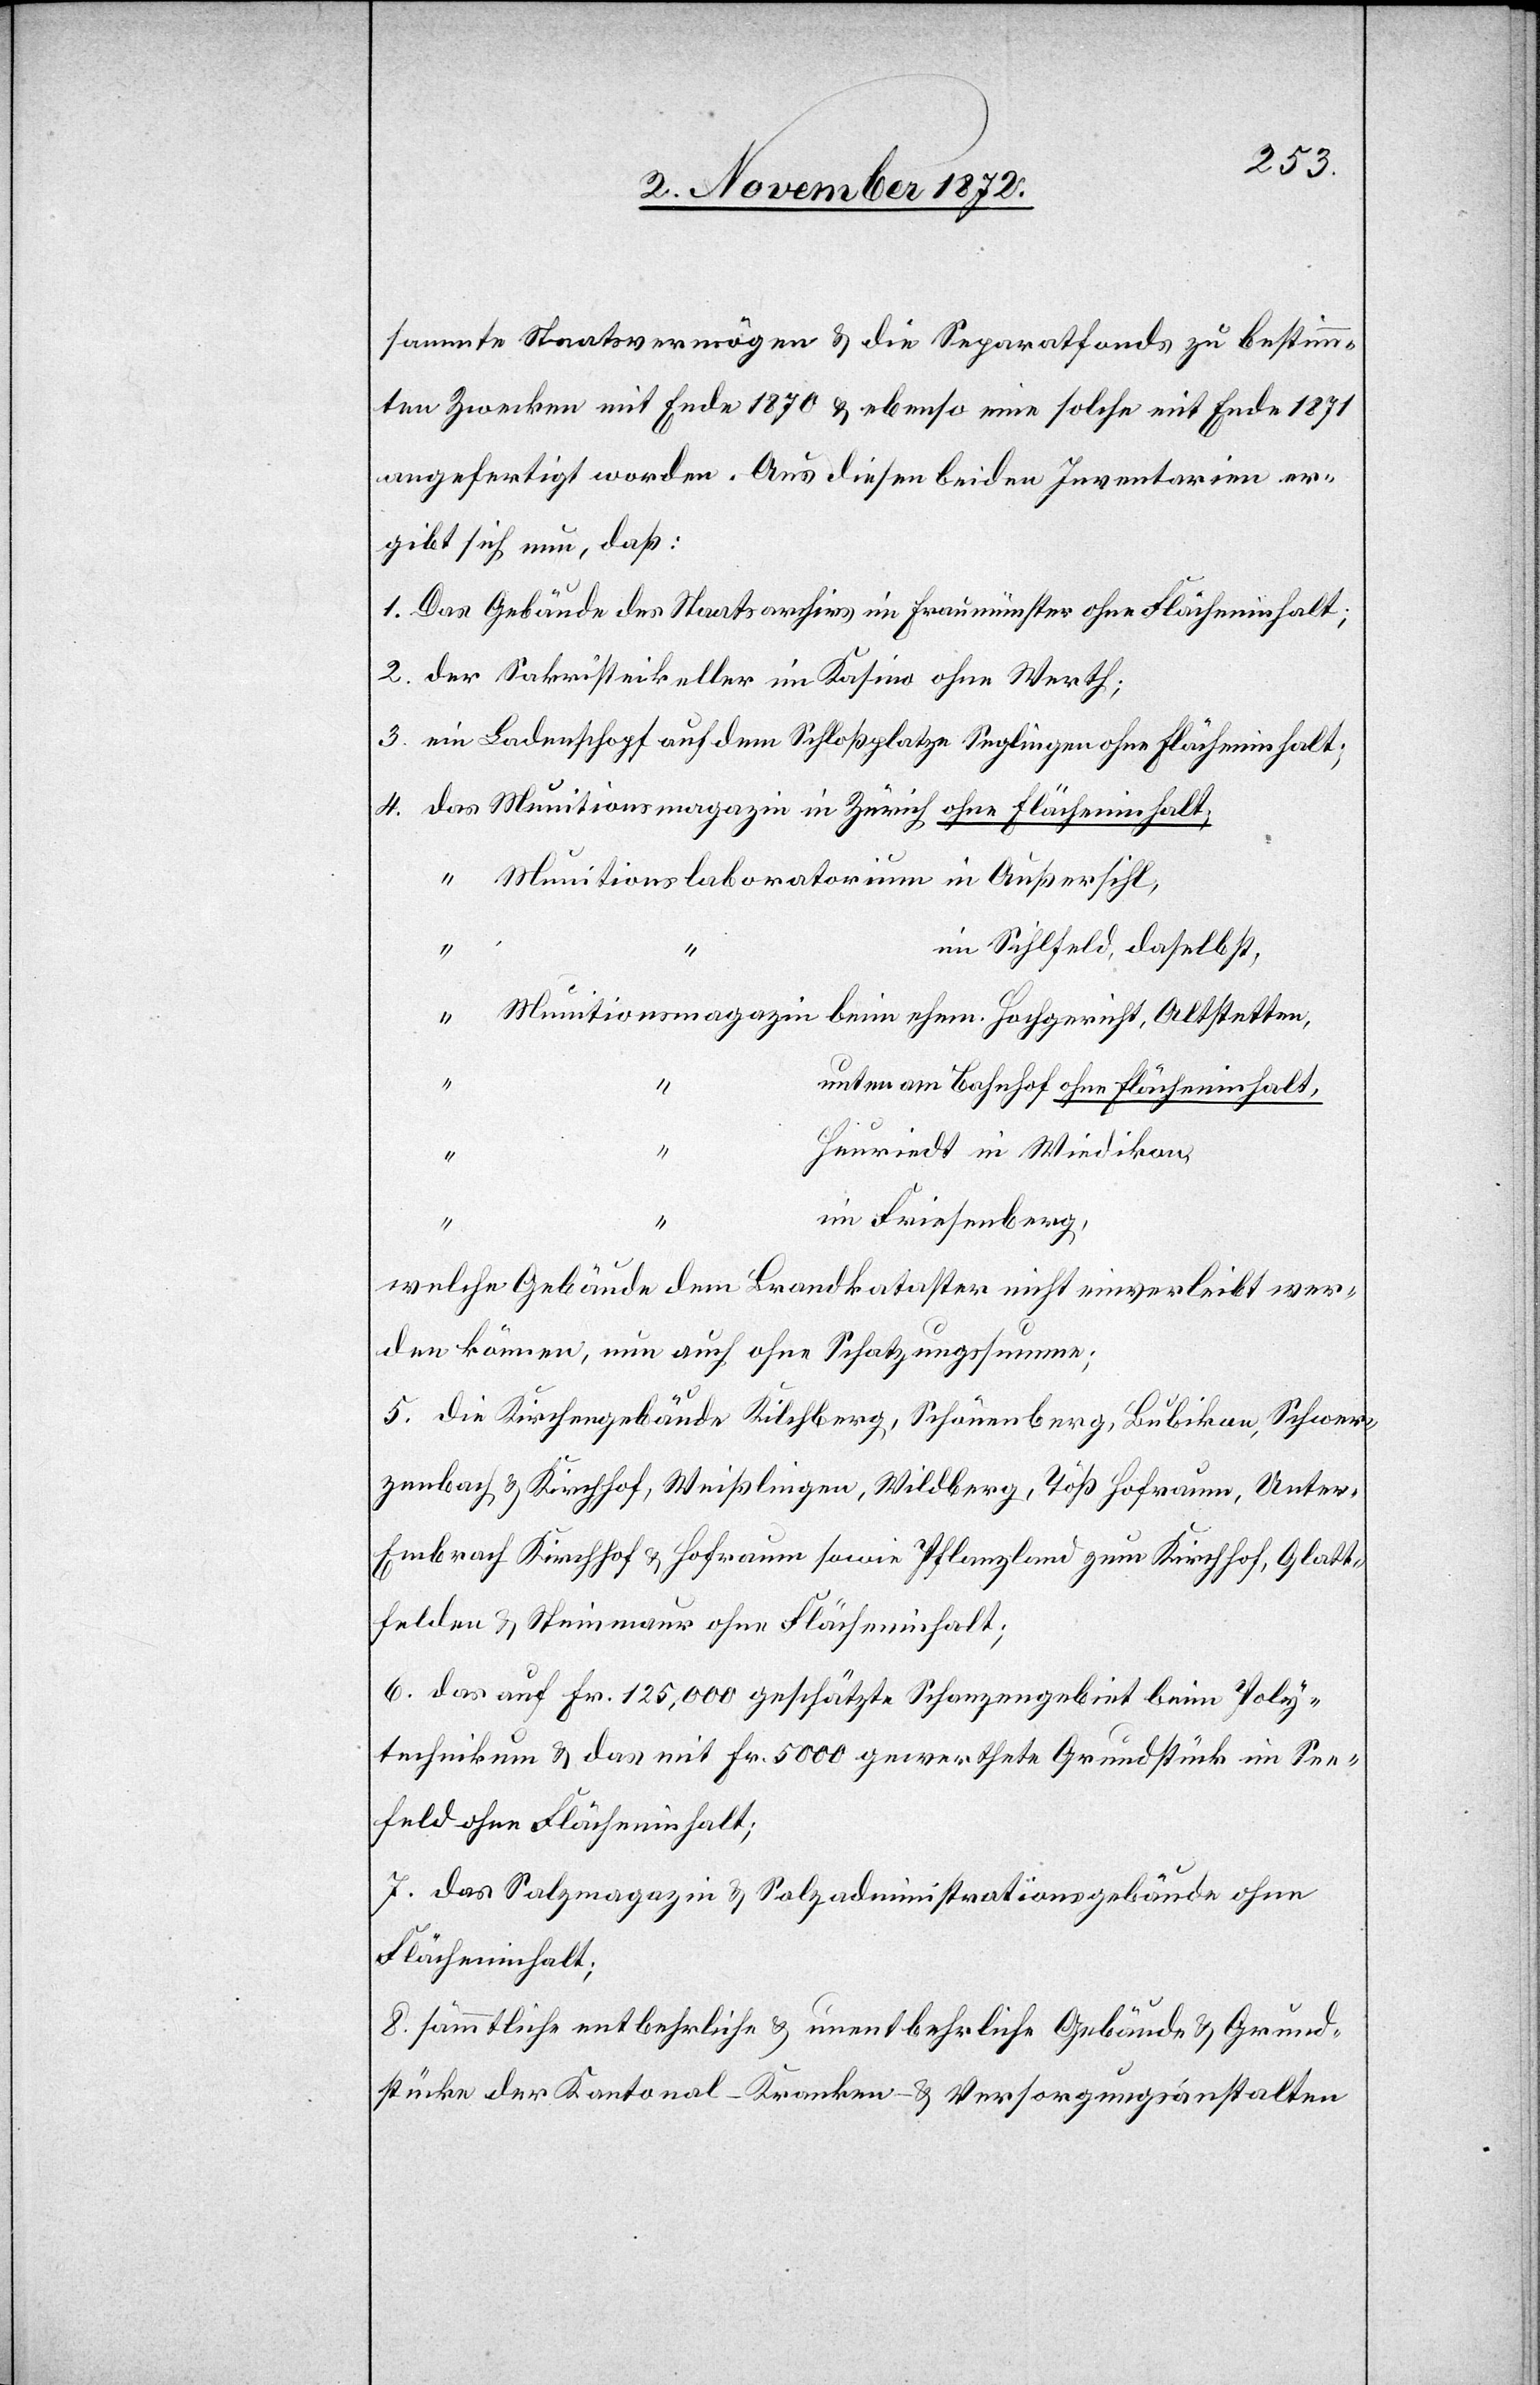
sammte Staatsvermögen u. die Separatfonds zu bestimm¬
ten Zwecken mit Ende 1870 u. ebenso eine solche mit Ende 1871
angefertigt worden. Aus diesen beiden Inventarien er¬
gibt sich nun, daß:
1. Das Gebäude des Staatsarchivs im Fraumünster ohne Flächeninhalt;
2. der Sakristeikeller im Kasino ohne Werth;
3. ein Ladenschopf auf dem Schloßplatze Seglingen ohne Flächeninhalt;
im Sihlfeld, daselbst,
unten am Bahnhof ohne Flächeninhalt,
Heuriedt in Wiedikon,
“
im Friesenberg,
4.
welche Gebäude dem Brandkataster nicht einverleibt wer¬
den können, nun auch ohne Schatzungssumme;
5. die Kirchengebäude Kilchberg, Schönenberg, Bubikon, Schwer¬
zenbach u. Kirchhof, Weißlingen, Wildberg, Töß Hofraum, Unte¬
r-Embrach Kirchhof u. Hofraum sowie Pflanzland zum Kirchhof, Glatt¬
felden u. Steinmaur ohne Flächeninhalt;
6. das auf Fr. 125,000 geschätzte Schanzengebiet beim Poly¬
technikum u. das mit Fr. 5000 gewerthete Grundstück im See¬
feld ohne Flächeninhalt;
7. das Salzmagazin u. Salzadministrationsgebäude ohne
Flächeninhalt;
8. sämmtliche entbehrlich u. unentbehrliche Gebäude u. Grund¬
stücke der Kantonal- Kranken- u. Versorgungsanstalten